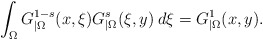
\begin{align*}\int_{\Omega} G^{1-s}_{|\Omega}(x,\xi)G^s_{|\Omega}(\xi,y)\:d\xi= G^1_{|\Omega}(x,y).\end{align*}